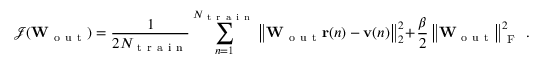
\mathcal { J } ( \mathbf { W } _ { \mathrm { ~ o ~ u ~ t ~ } } ) = \frac { 1 } { 2 N _ { \mathrm { ~ t ~ r ~ a ~ i ~ n ~ } } } \sum _ { n = 1 } ^ { N _ { \mathrm { ~ t ~ r ~ a ~ i ~ n ~ } } } \left\lVert \mathbf { W } _ { \mathrm { ~ o ~ u ~ t ~ } } \mathbf { r } ( n ) - \mathbf { v } ( n ) \right\rVert _ { 2 } ^ { 2 } + \frac { \beta } { 2 } \left\lVert \mathbf { W } _ { \mathrm { ~ o ~ u ~ t ~ } } \right\rVert _ { \mathrm { ~ F ~ } } ^ { 2 } \, .